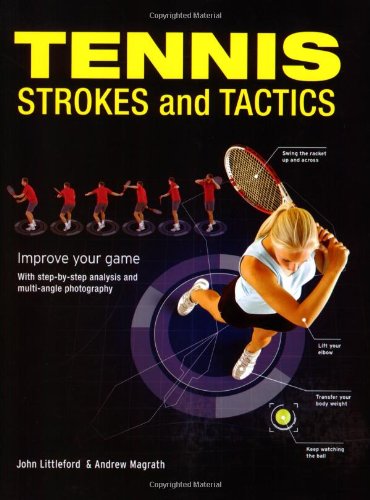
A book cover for Tennis Strokes and Tactics: Improve Your Game; John Littleford; Sports & Outdoors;